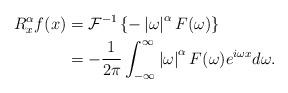
LaTeX: \begin{align*}R_{x}^{\alpha}f(x) & =\mathcal{F}^{-1}\left\{ -\left\vert \omega\right\vert^{\alpha}F(\omega)\right\} \\& =-\frac{1}{2\pi}\int_{-\infty}^{\infty}\left\vert \omega\right\vert^{\alpha}F(\omega)e^{i\omega x}d\omega.\end{align*}